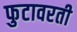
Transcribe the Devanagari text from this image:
फुटावरती